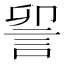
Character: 𮘃